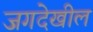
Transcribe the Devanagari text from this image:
जगदेखील